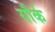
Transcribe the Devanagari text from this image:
यौर्क